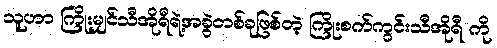
သူဟာ ကြိုးမျှင်သီအိုရီရဲ့အခွဲတစ်ခုဖြစ်တဲ့ ကြိုးစက်ကွင်းသီအိုရီ ကို